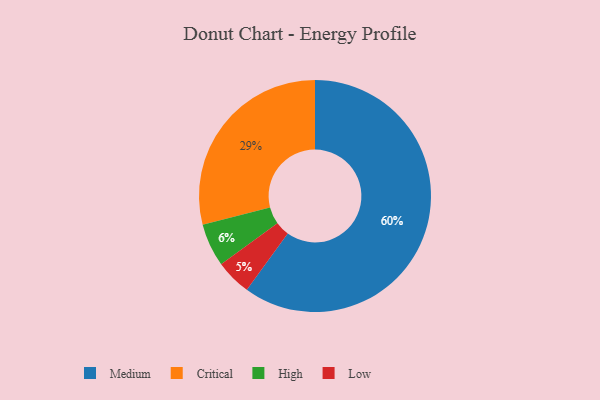
{"axis": {"x": "Category", "y": "Percentage"}, "legend": ["Critical", "High", "Low", "Medium"], "data": [{"x": "Critical", "y": 29, "type": "Critical"}, {"x": "Medium", "y": 60, "type": "Medium"}, {"x": "High", "y": 6, "type": "High"}, {"x": "Low", "y": 5, "type": "Low"}]}